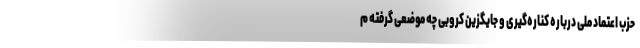
حزب اعتماد ملی درباره کناره‌گیری و جایگزین کروبی چه موضعی گرفته م